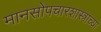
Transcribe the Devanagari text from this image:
मानसोपचारशास्त्राच्या